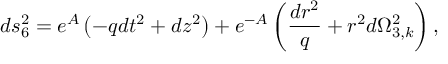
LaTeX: d s _ { 6 } ^ { 2 } = e ^ { A } \left( - q d t ^ { 2 } + d z ^ { 2 } \right) + e ^ { - A } \left( \frac { d r ^ { 2 } } { q } + r ^ { 2 } d \Omega _ { 3 , k } ^ { 2 } \right) ,